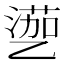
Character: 𱎎